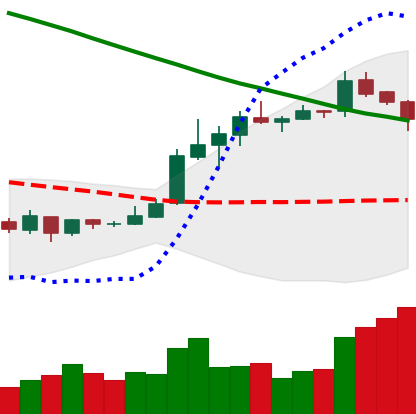
Ticker: XLM-USD
Chart end date: 2019-03-21
Forward return: -4.232%
Label: down_3_5